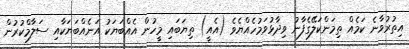
އިތުރުވާނެ ކަމެއް ތިމަންކަލޭގެފާނު ވިދާޅުވަމުހެއްޔެވެ (އެއީ) ތިޔަބައި މީހުން އެއްބަޔަކު އަނެއްބަޔަކާއި ސަލާމްކުރުން